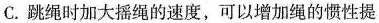
C.跳绳时加大摇绳的速度，可以增加绳的惯性提